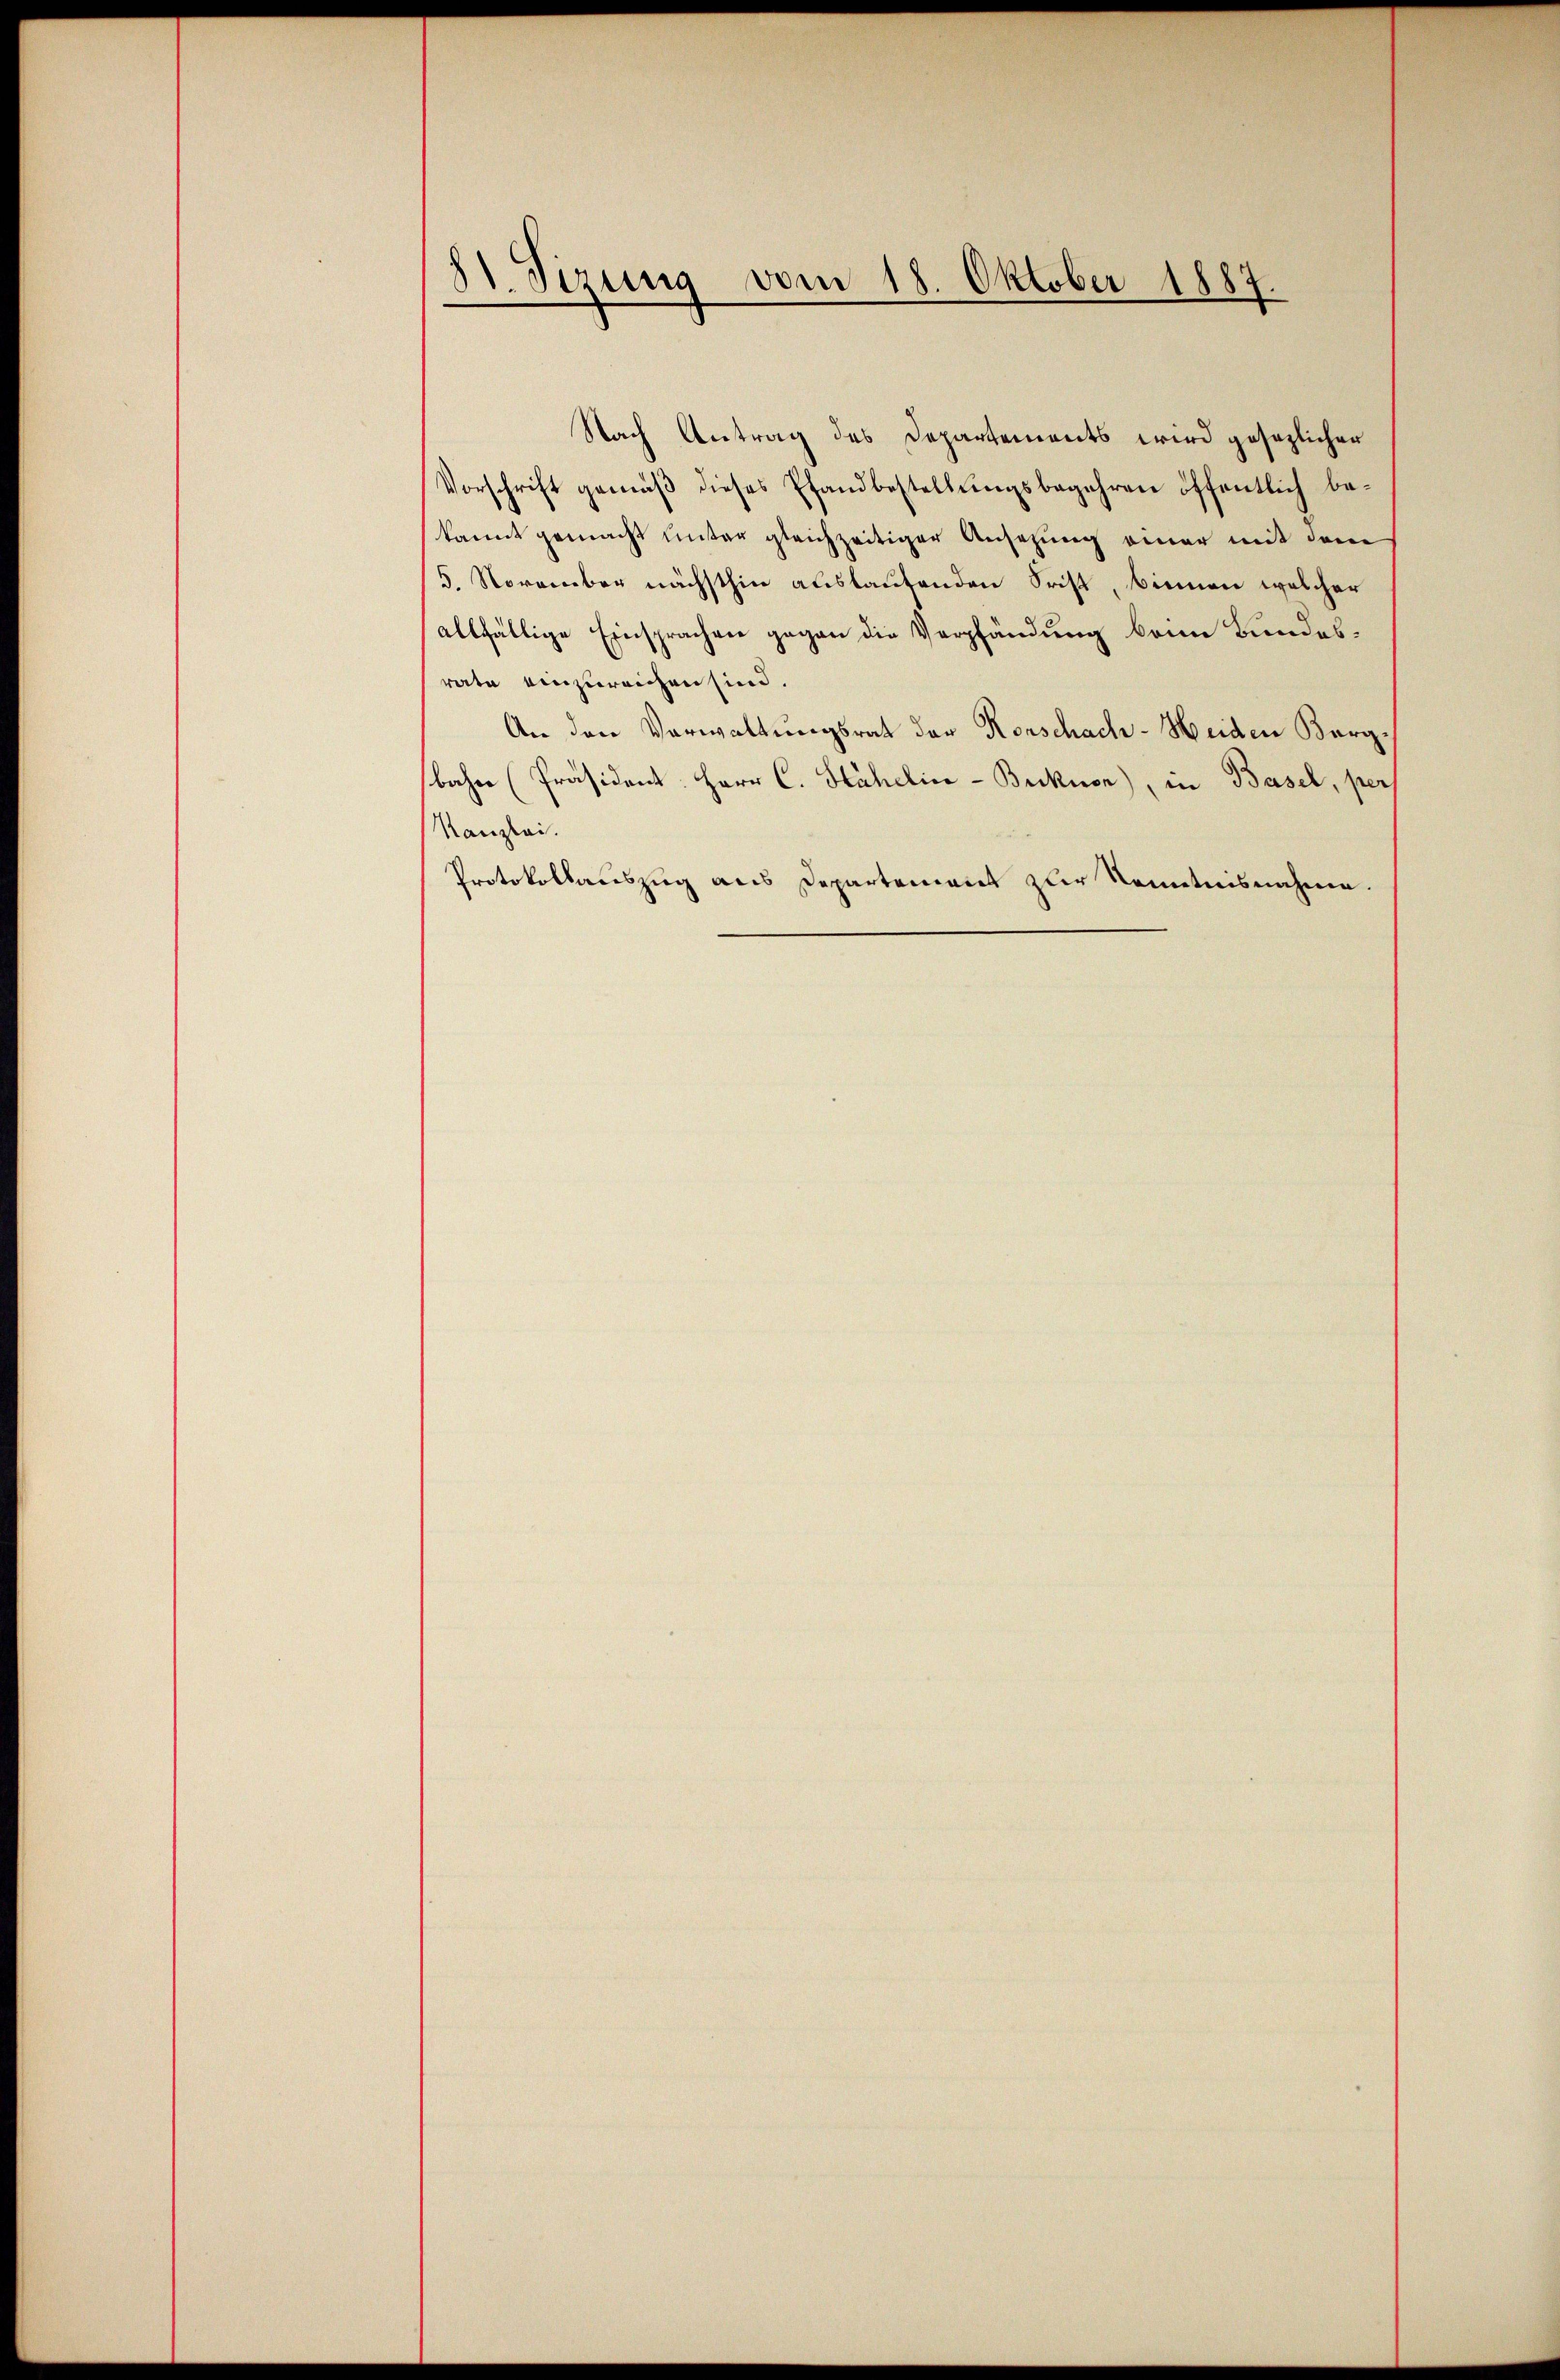
31. Sizung vom 18. Oktober 1887.
r

Nach Antrag des Departements wird gesezlicher
Vorschrift gemäβ dieses Pfandbestellŭngsbegehren öffentlich be-
kannt gemacht unter gleichzeitiger Ansezung einer mit dem
5. November nächsthin auslaufenden Frist, binnen welcher
allfällige Einsprachen gegen die Verpfändung beim Bundesrate einzureichen sind.
An den Verwaltungsrat der Konschach-Heiden Bergbahre Präsident: Herr C. Hahelin-Bucknen), in Basel, pers
Kanzlei.
Protokollauszug aus Departement zur Kenntnisnahme.